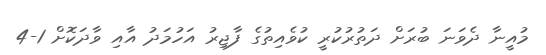
މުއީނާ ދެވަނަ ބުރަށް ދަތުރުކުރީ ކުވެއިތުގެ ފާޖިރު އަހުމަދު އާއި ވާދަކޮށް 1-4